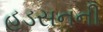
હડસનની